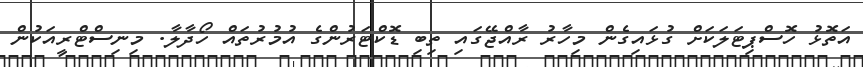
އަތޮޅު ހޮސްޕިޓަލަކަށް ގުޅައިގެން މިހާރު ރާއްޖޭގައި ތިބި ޑޮކްޓަރުންގެ އުމުރުތައް ހޯދާލާ. މިނިސްޓްރީއަކުން